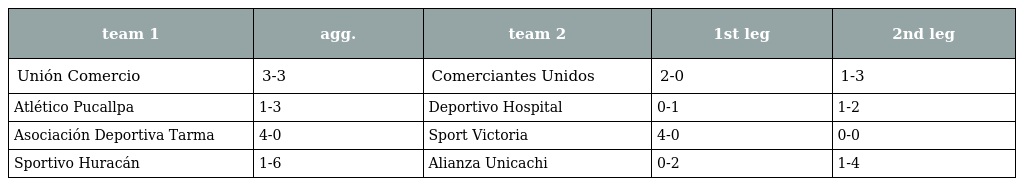
| team 1 | agg. | team 2 | 1st leg | 2nd leg |
 | --- | --- | --- | --- | --- |
 | Unión Comercio | 3-3 | Comerciantes Unidos | 2-0 | 1-3 |
 | Atlético Pucallpa | 1-3 | Deportivo Hospital | 0-1 | 1-2 |
 | Asociación Deportiva Tarma | 4-0 | Sport Victoria | 4-0 | 0-0 |
 | Sportivo Huracán | 1-6 | Alianza Unicachi | 0-2 | 1-4 |